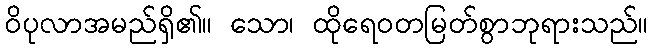
ဝိပုလာအမည်ရှိ၏။ သော၊ ထိုရေဝတမြတ်စွာဘုရားသည်။